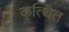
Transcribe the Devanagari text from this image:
कत्थित